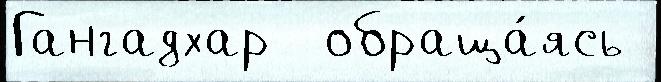
Гангадхар  обраща́ясь